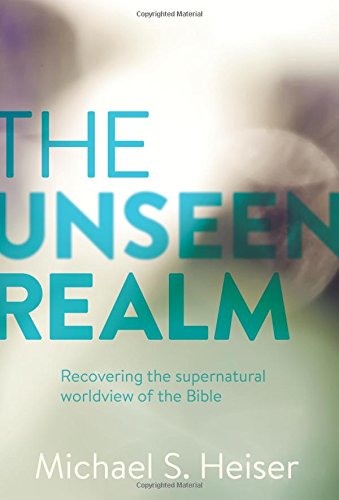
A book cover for The Unseen Realm; Dr. Michael S. Heiser; Christian Books & Bibles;